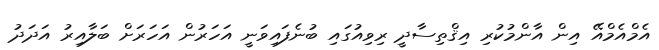
އެމްއެމްއޭ އިން އާންމުކުރި އިޤްތިސާދީ ރިވިއުގައި ބުނެފައިވަނީ އަހަރުން އަހަރަށް ބަލާއިރު އަދަދު